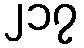
၂၁၇